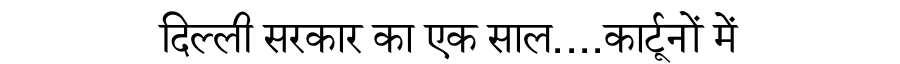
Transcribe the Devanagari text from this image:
दिल्ली सरकार का एक साल....कार्टूनों में